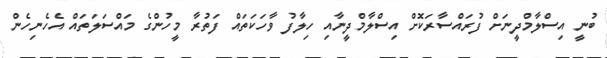
ބުނީ އިސްލާމްދީނަށް ފުރައްސާރަކޮށް އިސްލާމްދީނާއި ހިލާފު ވާހަކަތައް ފަތުރާ މީހުންގެ މައްސަލަތައް އެހެނިހެން